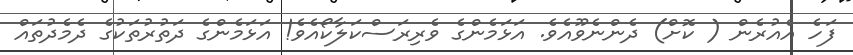
ފަހެ އެއުރެން ( ކޮށް) ދެންނެވޫއެވެ. އަޅަމެންގެ ވެރިރަސްކަލާކޯއެވެ! އަޅަމެންގެ ދަތުރުތަކުގެ ދެމެދުތައް